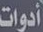
أدوات